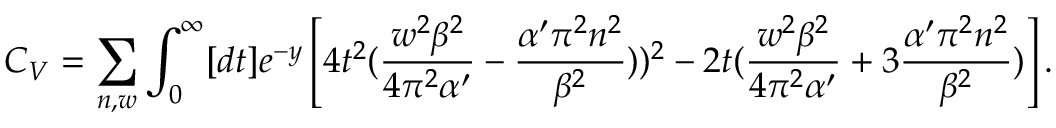
C _ { V } = \sum _ { n , w } \int _ { 0 } ^ { \infty } [ d t ] e ^ { - y } \left[ 4 t ^ { 2 } ( { \frac { w ^ { 2 } \beta ^ { 2 } } { 4 \pi ^ { 2 } \alpha ^ { \prime } } } - { \frac { \alpha ^ { \prime } \pi ^ { 2 } n ^ { 2 } } { \beta ^ { 2 } } } ) ) ^ { 2 } - 2 t ( { \frac { w ^ { 2 } \beta ^ { 2 } } { 4 \pi ^ { 2 } \alpha ^ { \prime } } } + 3 { \frac { \alpha ^ { \prime } \pi ^ { 2 } n ^ { 2 } } { \beta ^ { 2 } } } ) \right] .